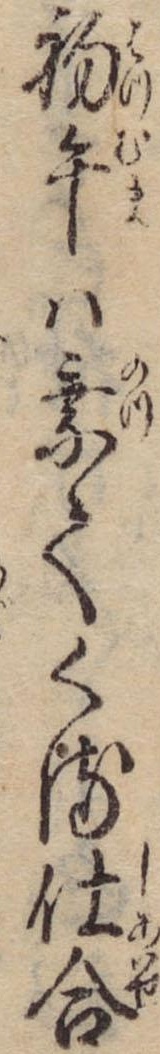
初午は乗てくる仕合